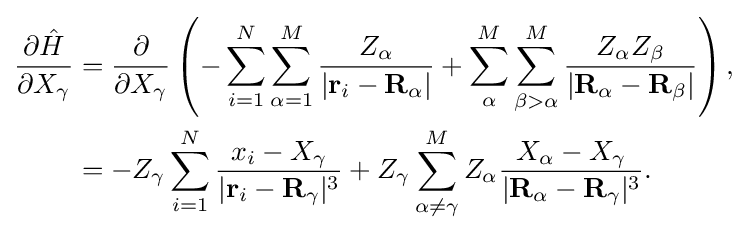
{\begin{aligned}{\frac {\partial {\hat {H}}}{\partial X_{\gamma }}}&={\frac {\partial }{\partial X_{\gamma }}}\left(-\sum _{i=1}^{N}\sum _{\alpha =1}^{M}{\frac {Z_{\alpha }}{|\mathbf {r} _{i}-\mathbf {R} _{\alpha }|}}+\sum _{\alpha }^{M}\sum _{\beta >\alpha }^{M}{\frac {Z_{\alpha }Z_{\beta }}{|\mathbf {R} _{\alpha }-\mathbf {R} _{\beta }|}}\right),\\&=-Z_{\gamma }\sum _{i=1}^{N}{\frac {x_{i}-X_{\gamma }}{|\mathbf {r} _{i}-\mathbf {R} _{\gamma }|^{3}}}+Z_{\gamma }\sum _{\alpha \neq \gamma }^{M}Z_{\alpha }{\frac {X_{\alpha }-X_{\gamma }}{|\mathbf {R} _{\alpha }-\mathbf {R} _{\gamma }|^{3}}}.\end{aligned}}